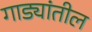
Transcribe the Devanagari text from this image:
गाड्यांतील